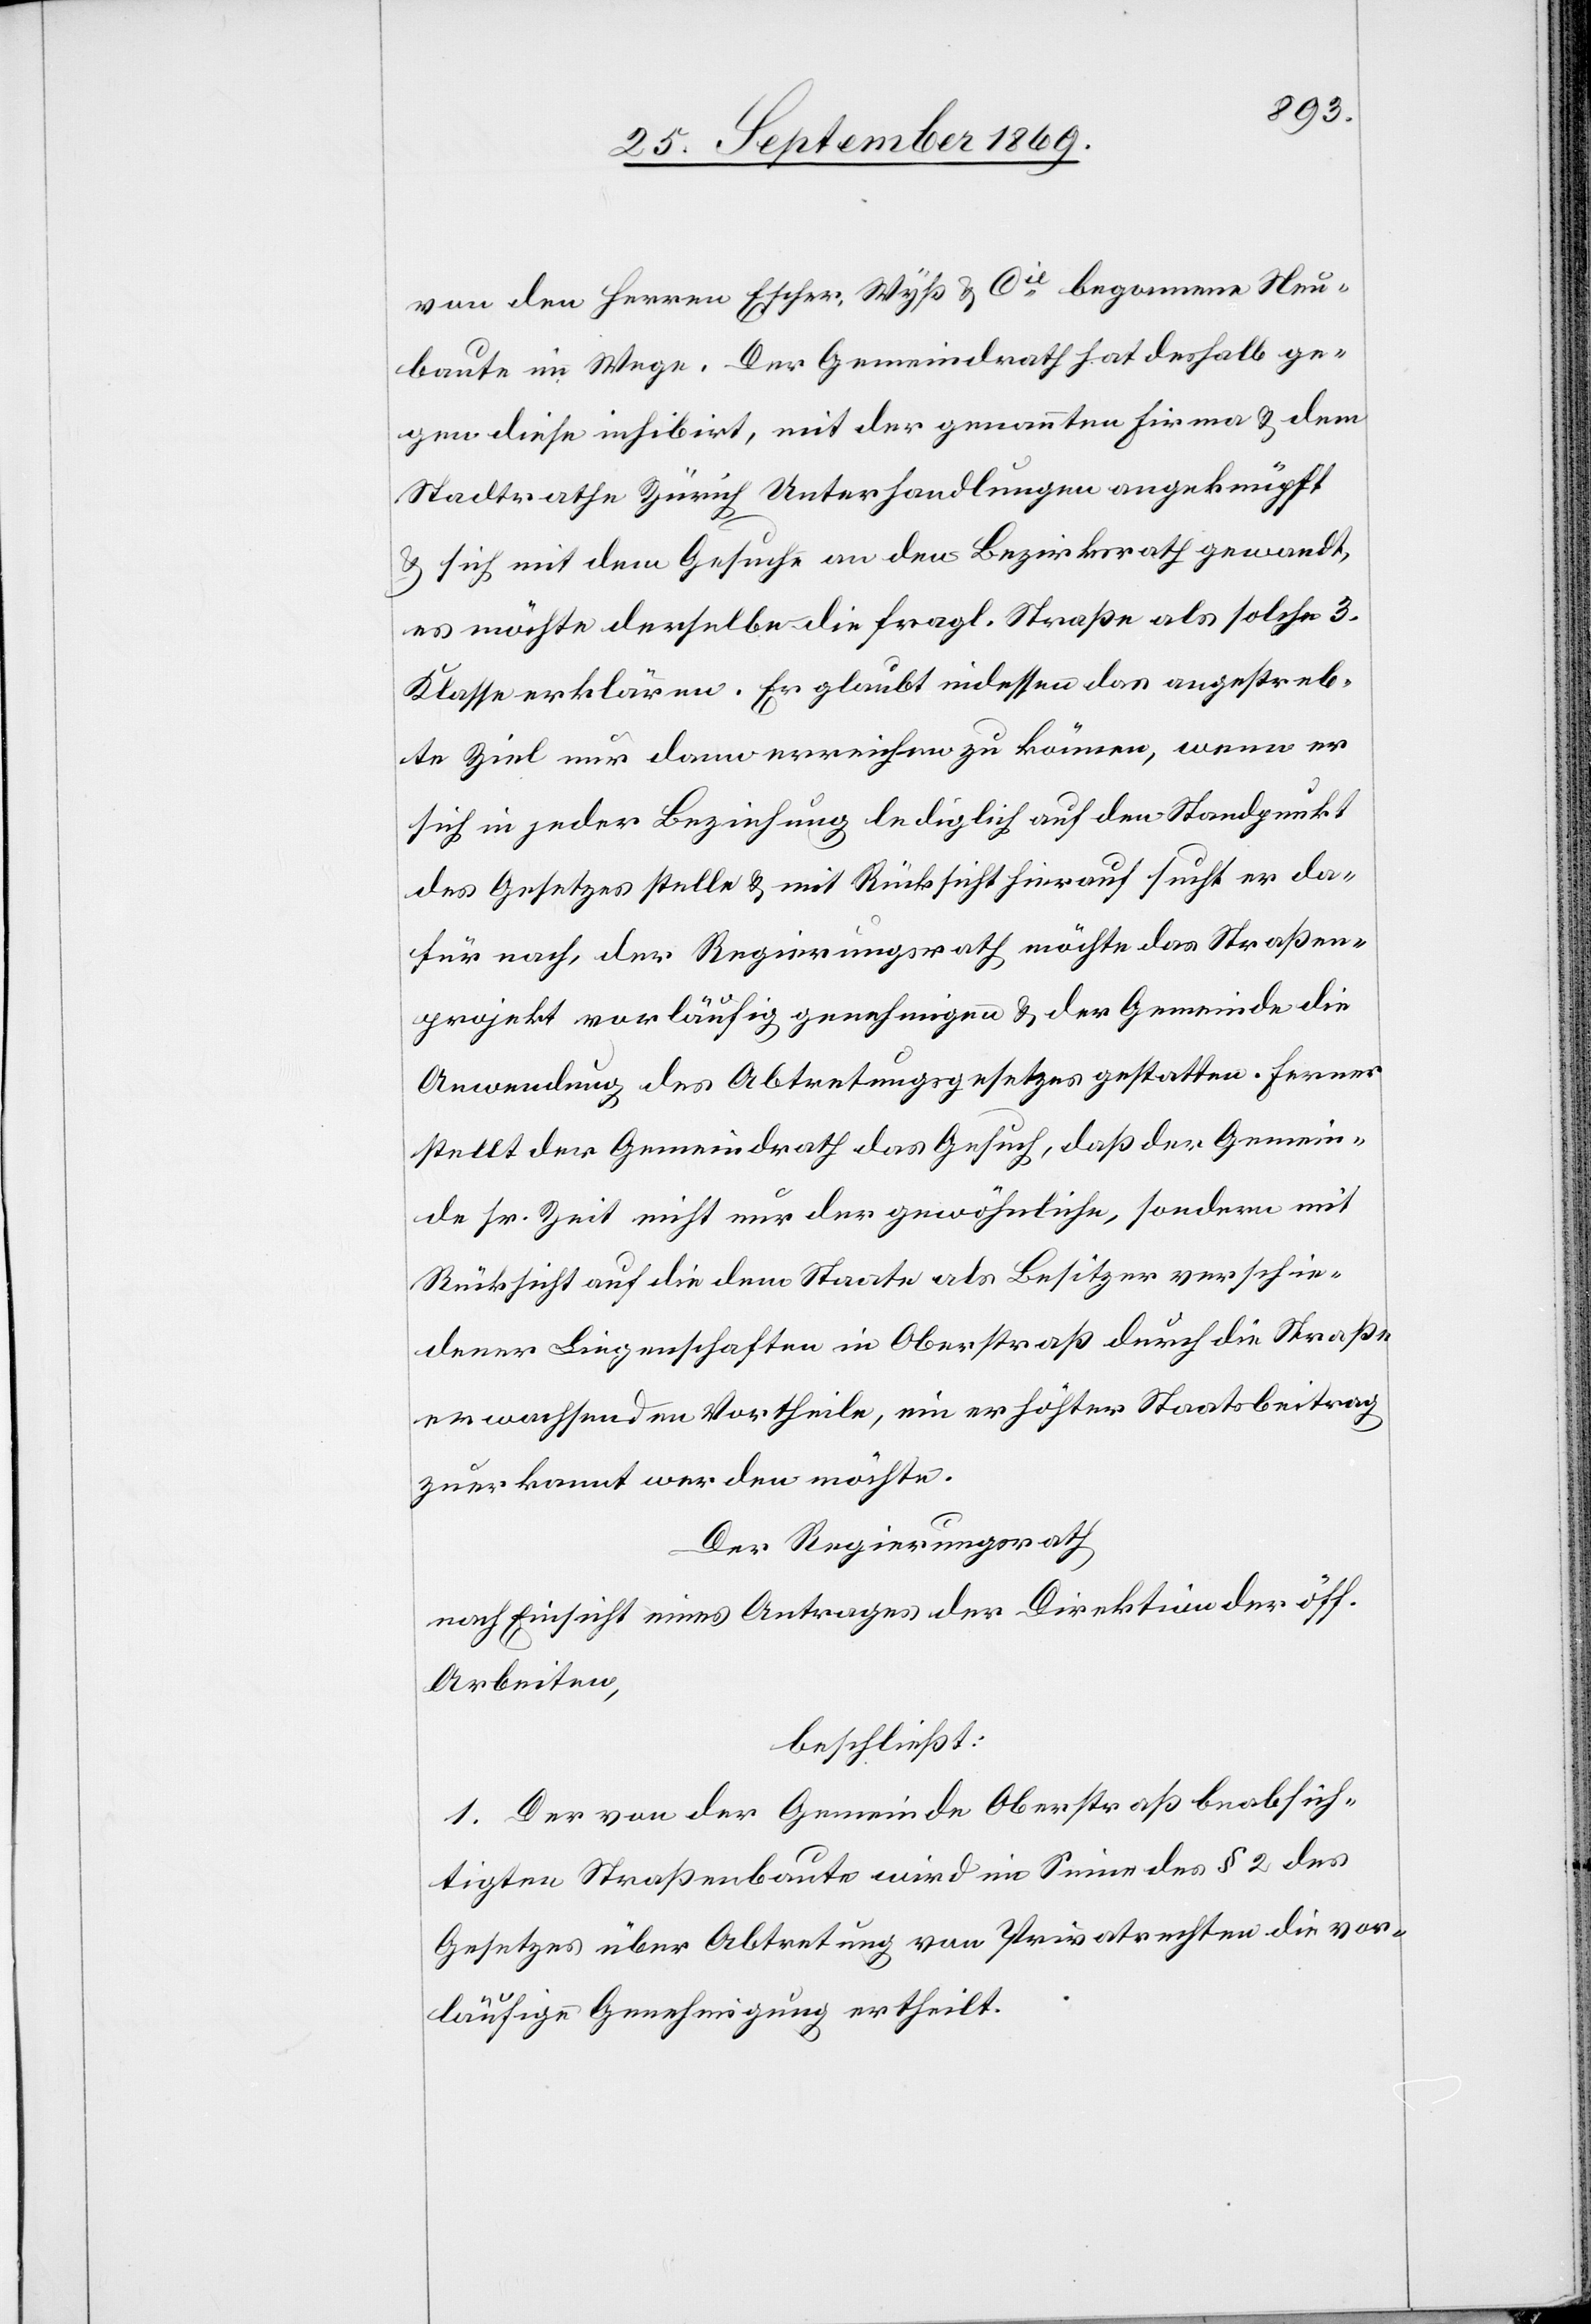
von den Herren Escher, Wyß & Cie begonnene Neu¬
baute im Wege. Der Gemeindrath hat deshalb ge¬
gen diese inhibirt, mit der genannten Firma & dem
Stadtrathe Zürich Unterhandlungen angeknüpft
& sich mit dem Gesuche an den Bezirksrath gewandt,
es möchte derselbe die fragl. Straße als solche 3.
Klasse erklären. Er glaubt indessen das angestreb¬
te Ziel nur dann erreichen zu können, wenn er
sich in jeder Beziehung lediglich auf den Standpunkt
des Gesetzes stelle & mit Rücksicht hierauf sucht er da¬
für nach, der Regierungsrath möchte das Straßen¬
projekt vorläufig genehmigen & der Gemeinde die
Anwendung des Abtretungsgesetzes gestatten. Ferner
stellt der Gemeindrath das Gesuch, daß der Gemein¬
de sr. Zeit nicht nur der gewöhnliche, sondern mit
Rücksicht auf die dem Staate als Besitzer verschie¬
dener Liegenschaften in Oberstraß durch die Straße
erwachsenden Vortheile, ein erhöhter Staatsbeitrag
zuerkannt werden möchte.
Der Regierungsrath
nach Einsicht eines Antrages der Direktion der öff.
Arbeiten,
beschließt:
1. Der von der Gemeinde Oberstraß beabsich¬
tigten Straßenbaute wird im Sinne des § 2 des
Gesetzes über Abtretung von Privatrechten die vor¬
läufige Genehmigung ertheilt.